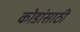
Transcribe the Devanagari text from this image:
कोडांसाठी